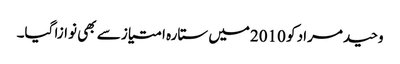
وحید مراد کو 2010میں ستارہ امتیاز سے بھی نوازا گیا۔